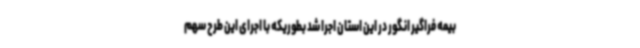
بیمه فراگیر انگور در این استان اجرا شد بطوریکه با اجرای این طرح سهم